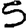
Digit: 5